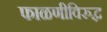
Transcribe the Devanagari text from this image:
फाळणीविरुद्ध